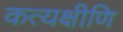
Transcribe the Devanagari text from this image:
कत्यक्षीणि